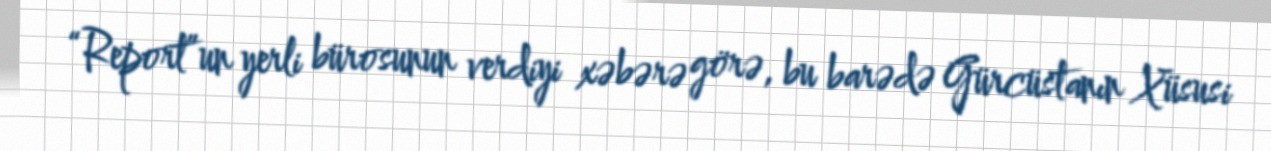
“Report”un yerli bürosunun verdiyi xəbərə görə, bu barədə Gürcüstanın Xüsusi